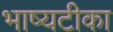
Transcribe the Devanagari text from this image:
भाष्यटीका